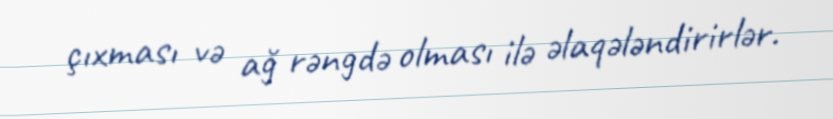
çıxması və ağ rəngdə olması ilə əlaqələndirirlər.